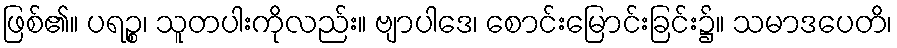
ဖြစ်၏။ ပရဉ္စ၊ သူတပါးကိုလည်း။ ဗျာပါဒေ၊ စောင်းမြောင်းခြင်း၌။ သမာဒပေတိ၊